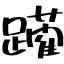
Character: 躪